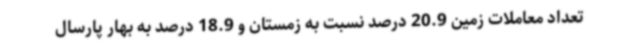
تعداد معاملات زمین 20.9 درصد نسبت به زمستان و 18.9 درصد به بهار پارسال